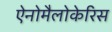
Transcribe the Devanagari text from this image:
ऐनोमैलोकेरिस